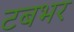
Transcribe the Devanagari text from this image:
टबभर